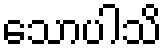
သောပါသိ